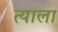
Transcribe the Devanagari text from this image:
त्‍याला